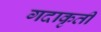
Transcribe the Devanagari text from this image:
गदाकृती